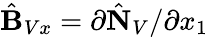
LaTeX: \hat{\mathbf B}_{Vx}=\partial\hat{\mathbf N}_{V}/\partial x_{1}